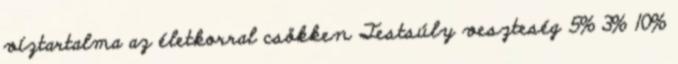
víztartalma az életkorral csökken Testsúly veszteség 5% 3% 10%